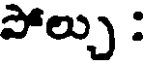
పోల్చు :